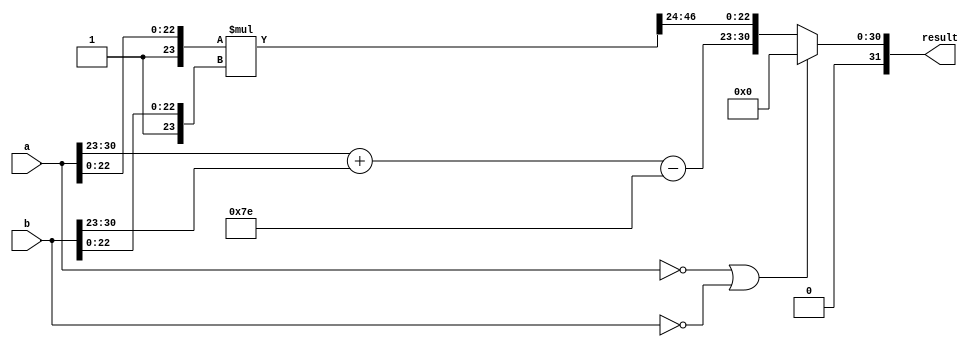
module Multiply (a, b, result);
  input [31:0] a, b;
  output [31:0] result;
  
  wire [23:0] c1, c2;
  wire [47:0] temp;
  wire [31:0] re;
  
  assign re[31] = 0;
  assign re[30:23] = a[30:23] + b[30:23] - 126;
  
  assign c1[23] = 1;
  assign c1[22:0] = a[22:0];
  
  assign c2[23] = 1;
  assign c2[22:0] = b[22:0];
  
  assign temp = c1 * c2;
  assign re[22:0] = temp[46:24];
  
  assign result = (a == 0 || b == 0) ? 0:re;
endmodule